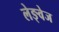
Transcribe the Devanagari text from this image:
लेङ्वेज